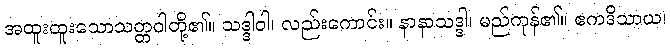
အထူးထူးသောသတ္တဝါတို့၏။ သဒ္ဒါဝါ၊ လည်းကောင်း။ နာနာသဒ္ဒါ၊ မည်ကုန်၏။ ဧကဒိသာယ၊